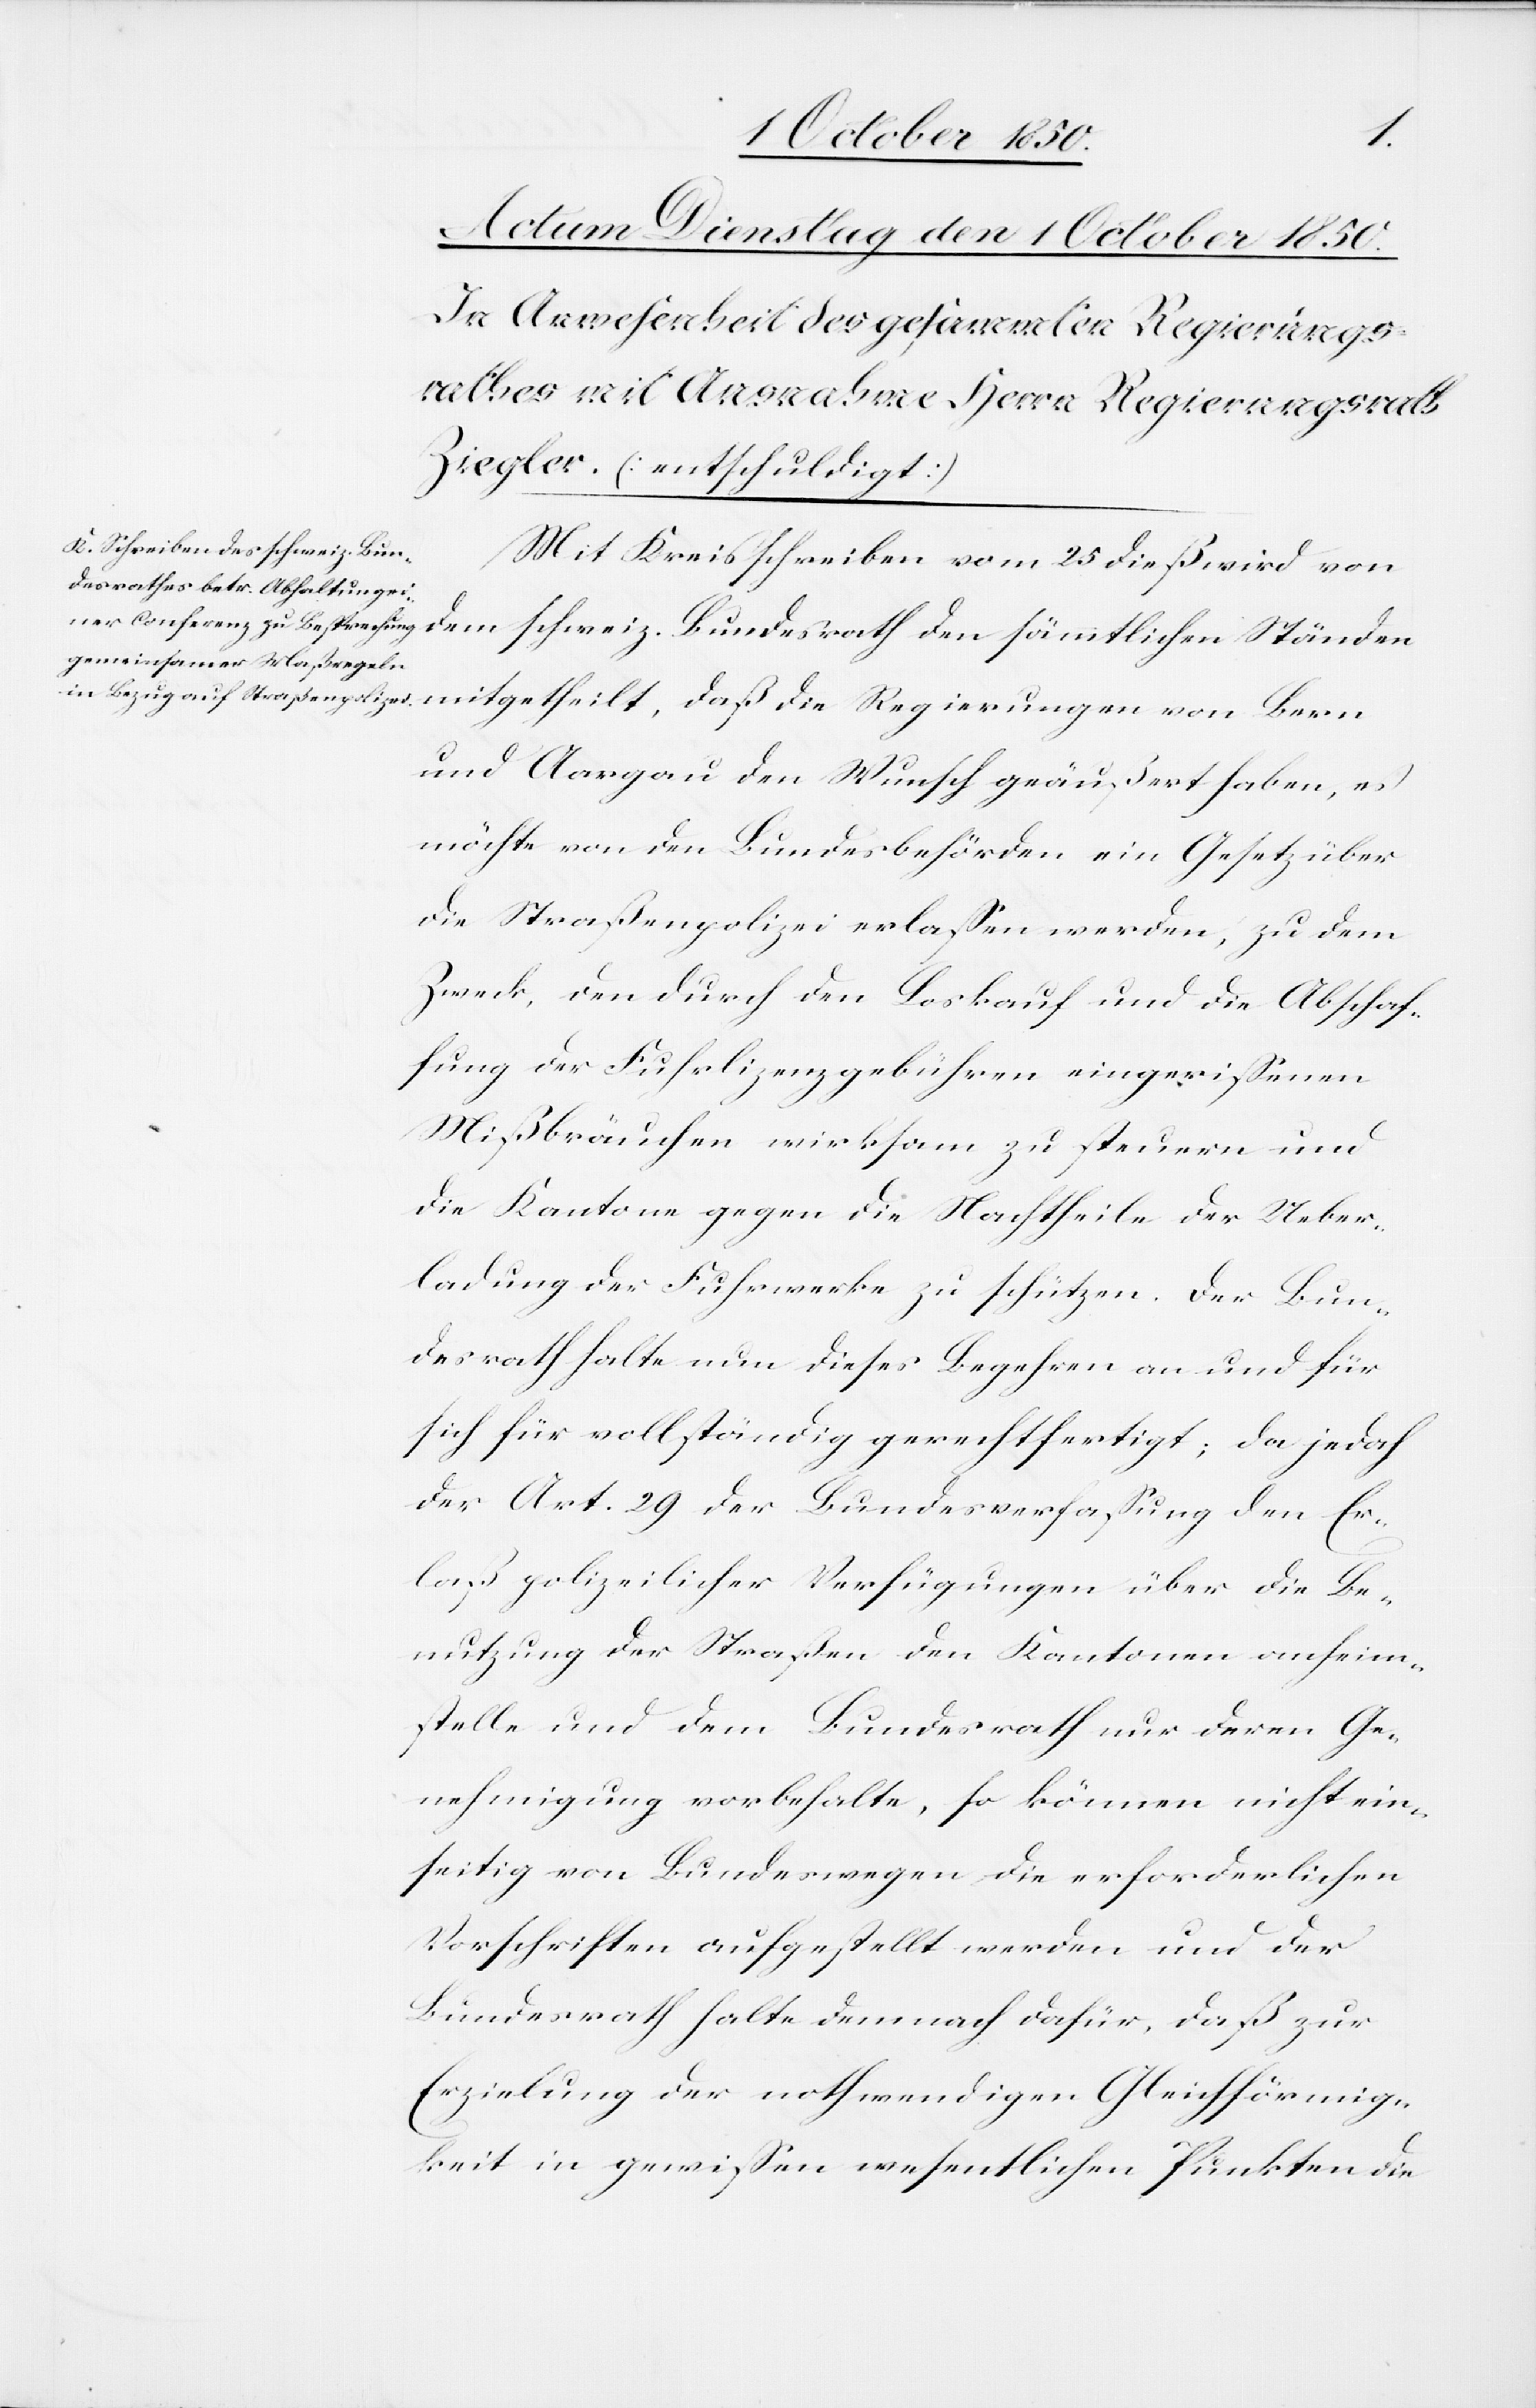
Mit Kreisschreiben vom 25 dieß wird von
dem schweiz. Bundesrath den sämmtlichen Ständen
und Aargau den Wunsch geäußert haben, es
möchte von den Bundesbehörden ein Gesetz über
die Straßenpolizei erlassen werden, zu dem
Zweck, den durch den Loskauf und die Abschaf¬
fung der Fuhrlizenzgebühren eingerissenen
Mißbräuchen wirksam zu steuern und
die Kantone gegen die Nachtheile der Ueber¬
ladung der Fuhrwerke zu schützen. Der Bun¬
desrath halte nun dieses Begehren an und für
sich für vollständig gerechtfertigt; da jedoch
der Art. 29 der Bundesverfassung den Er¬
laß polizeilicher Verfügungen über die Be¬
nutzung der Straßen den Kantonen anheim¬
stelle und dem Bundesrath nur deren Ge¬
nehmigung vorbehalte, so können nicht ein¬
seitig von Bundeswegen die erforderlichen
Vorschriften aufgestellt werden und der
Bundesrath halte demnach dafür, daß zur
Erzielung der nothwendigen Gleichförmig¬
keit in gewissen wesentlichen Punkten die